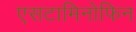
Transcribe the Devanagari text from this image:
एसटामिनोफिन